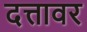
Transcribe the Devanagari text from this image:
दत्तावर